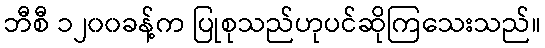
ဘီစီ ၁၂၀၀ခန့်က ပြုစုသည်ဟုပင်ဆိုကြသေးသည်။